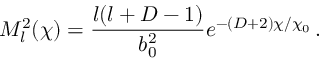
M _ { l } ^ { 2 } ( \chi ) = \frac { l ( l + D - 1 ) } { b _ { 0 } ^ { 2 } } e ^ { - ( D + 2 ) \chi / \chi _ { 0 } } \, .